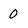
Character: 0